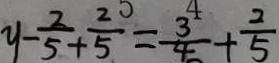
y - \frac { 2 } { 5 } + \frac { 2 } { 5 } = \frac { 3 } { 4 } + \frac { 2 } { 5 }